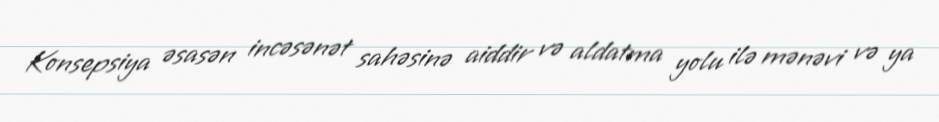
Konsepsiya əsasən incəsənət sahəsinə aiddir və aldatma yolu ilə mənəvi və ya